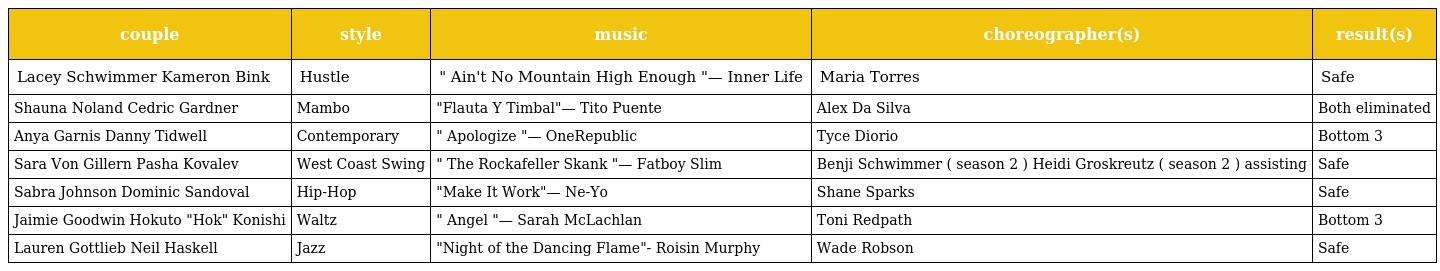
| couple | style | music | choreographer(s) | result(s) |
 | --- | --- | --- | --- | --- |
 | Lacey Schwimmer Kameron Bink | Hustle | " Ain't No Mountain High Enough "— Inner Life | Maria Torres | Safe |
 | Shauna Noland Cedric Gardner | Mambo | "Flauta Y Timbal"— Tito Puente | Alex Da Silva | Both eliminated |
 | Anya Garnis Danny Tidwell | Contemporary | " Apologize "— OneRepublic | Tyce Diorio | Bottom 3 |
 | Sara Von Gillern Pasha Kovalev | West Coast Swing | " The Rockafeller Skank "— Fatboy Slim | Benji Schwimmer ( season 2 ) Heidi Groskreutz ( season 2 ) assisting | Safe |
 | Sabra Johnson Dominic Sandoval | Hip-Hop | "Make It Work"— Ne-Yo | Shane Sparks | Safe |
 | Jaimie Goodwin Hokuto "Hok" Konishi | Waltz | " Angel "— Sarah McLachlan | Toni Redpath | Bottom 3 |
 | Lauren Gottlieb Neil Haskell | Jazz | "Night of the Dancing Flame"- Roisin Murphy | Wade Robson | Safe |